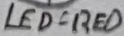
Text: LED-RED